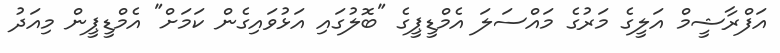
އަފްރާޝީމް އަލީގެ މަރުގެ މައްސަލަ އެމްޑީޕީގެ "ބޮލުގައި އަޅުވައިގެން ކަމަށް" އެމްޑީޕީން މިއަދު